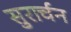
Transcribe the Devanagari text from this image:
सुरार्चन